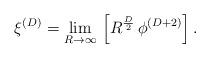
LaTeX: \begin{align*}\xi^{(D)}=\lim_{R \rightarrow \infty}\, \left [ R^{D \over 2}\, \phi^{(D+2)} \right].\end{align*}